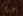
حول